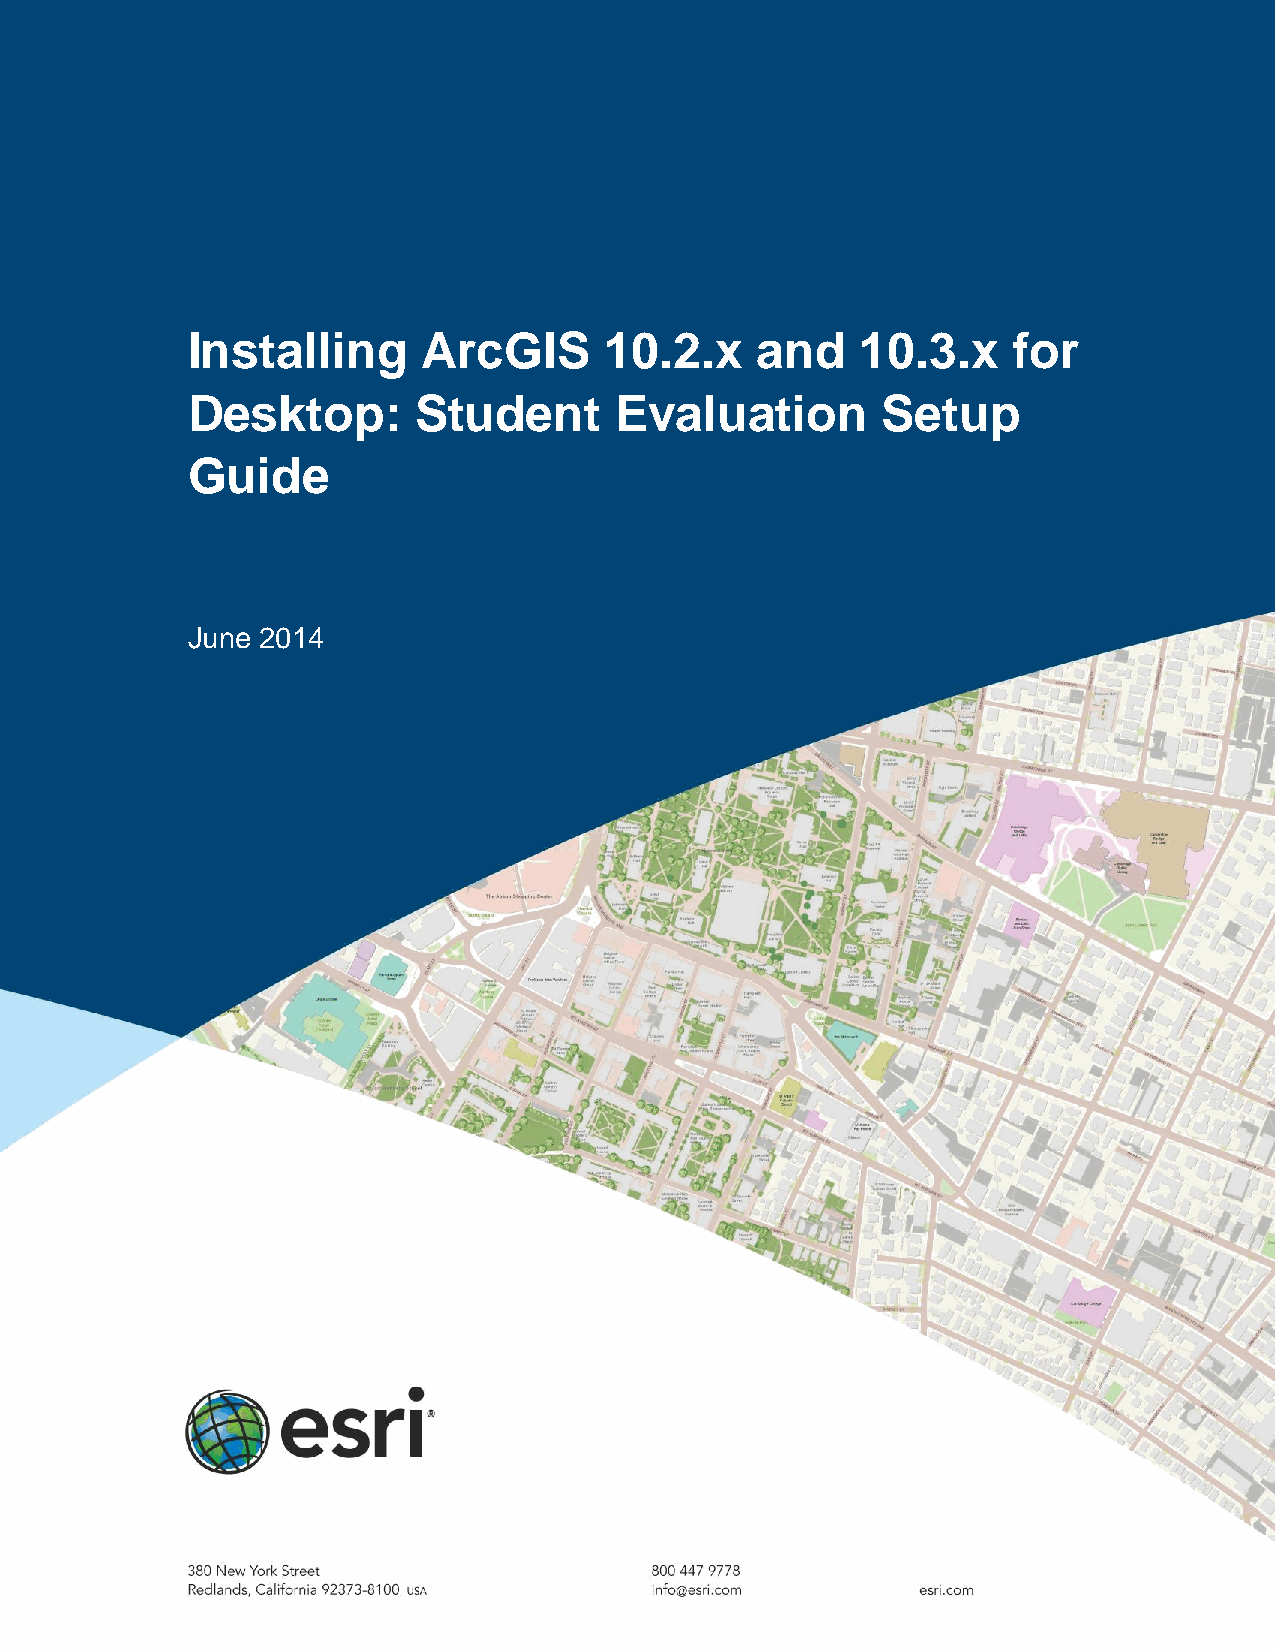
Installing      ArcGIS      10.2.x    and    10.3.x    for
 Desktop:       Student       Evaluation       Setup
 Guide
 June 2014